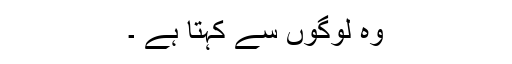
وہ لوگوں سے کہتا ہے ۔